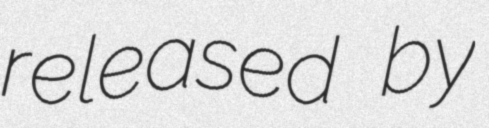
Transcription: released by